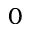
0